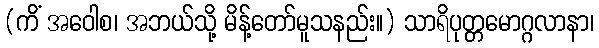
(ကိံ အဝေါစ၊ အဘယ်သို့ မိန့်တော်မူသနည်း။) သာရိပုတ္တမောဂ္ဂလာနာ၊